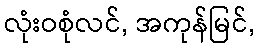
လုံးဝစုံလင်, အကုန်မြင်,